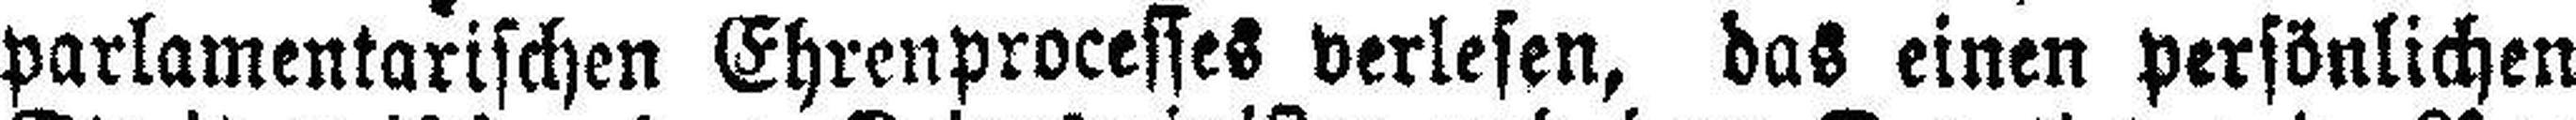
parlamentarischen Ehrenprocesses verlesen, das einen persönlichen